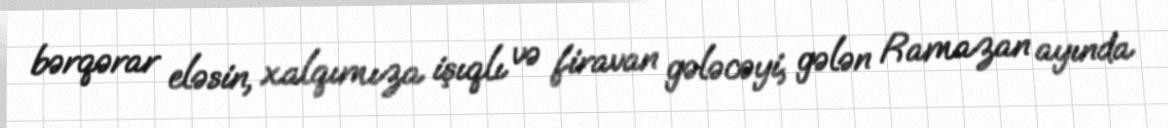
bərqərar eləsin, xalqımıza işıqlı və firavan gələcəyi, gələn Ramazan ayında